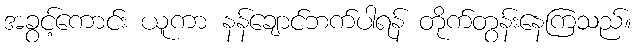
အခွင့်ကောင်း ယူကာ နန်ချောင်ဘက်ပါရန် တိုက်တွန်းနေကြသည်။